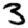
Digit: 3